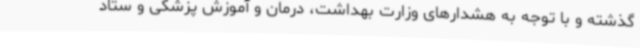
گذشته و با توجه به هشدارهای وزارت بهداشت،‌ درمان و آموزش پزشکی و ستاد